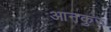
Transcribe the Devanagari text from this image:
आनकुर